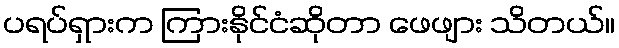
ပရပ်ရှားက ကြားနိုင်ငံဆိုတာ ဖေဖျား သိတယ်။